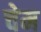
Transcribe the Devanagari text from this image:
चेम